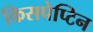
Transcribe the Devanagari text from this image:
किसपेप्टिन